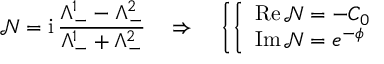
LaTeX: \mathcal { N } = \mathrm { i } \, \frac { \Lambda _ { - } ^ { 1 } - \Lambda _ { - } ^ { 2 } } { \Lambda _ { - } ^ { 1 } + \Lambda _ { - } ^ { 2 } } \quad \Rightarrow \quad \left\{ \left\{ \begin{array} { l l } { { \mathrm { R e } \, \mathcal { N } = - C _ { 0 } } } \\ { { \mathrm { I m } \, \mathcal { N } = e ^ { - \phi } } } \end{array} \right. \right.